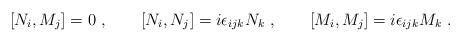
LaTeX: \begin{align*}[N_i, M_j] = 0 \ , \qquad[N_i, N_j] = i \epsilon_{ijk} N_k \ , \qquad[M_i, M_j] = i \epsilon_{ijk} M_k \ .\end{align*}